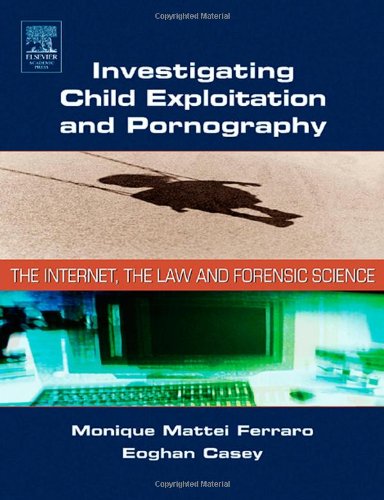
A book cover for Investigating Child Exploitation and Pornography: The Internet, Law and Forensic Science; Monique Ferraro; Law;